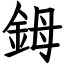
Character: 鉧